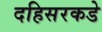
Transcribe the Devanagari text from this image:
दहिसरकडे